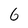
Character: 6